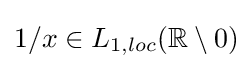
{\textstyle 1/x\in L_{1,loc}(\mathbb {R} \setminus 0)}